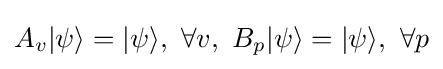
A_{v}|\psi \rangle =|\psi \rangle ,\,\,\forall v,\,\,B_{p}|\psi \rangle =|\psi \rangle ,\,\,\forall p